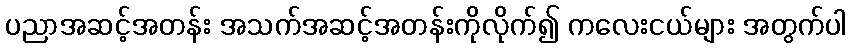
ပညာအဆင့်အတန်း အသက်အဆင့်အတန်းကိုလိုက်၍ ကလေးငယ်များ အတွက်ပါ